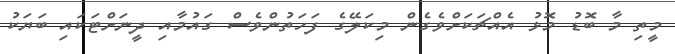
މީތި މާ ބޮޑު މޮޅު އެއްޗަކަށްވެގެން މިކަލޭގެ ފަހަތުންވެސް ގައުމާއި ދީނަށްޓަކައި ބަޔަކު